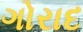
ગોરાદ